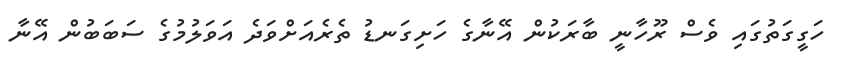
ހަގީގަތުގައި ވެސް ރޫހާނީ ބާރަކުން އޭނާގެ ހަށިގަނޑު ތެރެއަށްވަދެ އަވަލުމުގެ ސަބަބުން އޭނާ